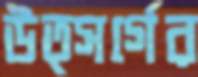
উত্সর্গের